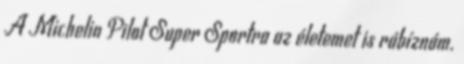
A Michelin Pilot Super Sportra az életemet is rábíznám.